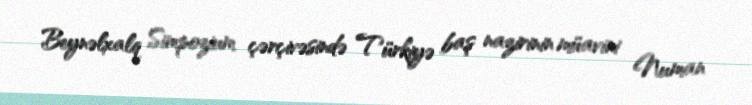
Beynəlxalq Simpozium çərçivəsində Türkiyə baş nazirinin müavini Numan